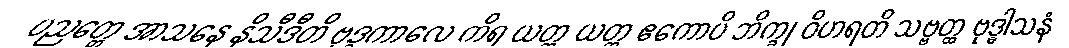
ပညတ္တေ အာသနေ နိသီဒီတိ ဗုဒ္ဓကာလေ ကိရ ယတ္ထ ယတ္ထ ဧကောပိ ဘိက္ခု ဝိဟရတိ သဗ္ဗတ္ထ ဗုဒ္ဓါသနံ